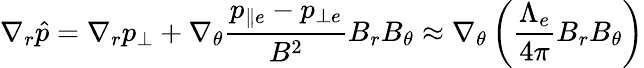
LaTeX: \nabla_{r}\hat{p}=\nabla_{r}p_{\bot}+\nabla_{\theta}\frac{{p_{\parallel e}-p_{\bot e}}}{{B^{2}}}B_{r}B_{\theta}\approx\nabla_{\theta}\left(\frac{\Lambda_{e}}{4\pi}B_{r}B_{\theta}\right)